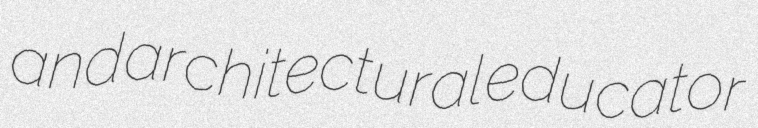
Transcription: and architectural educator